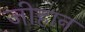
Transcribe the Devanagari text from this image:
जीहान